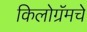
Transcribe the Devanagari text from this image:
किलोग्रॅमचे